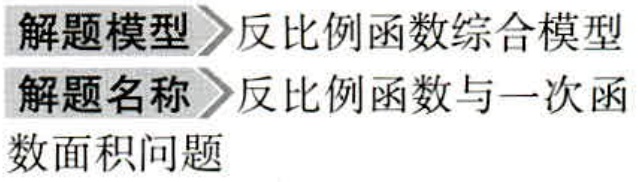
\begin{解题模型}反比例函数综合模型\end{解题模型}
\begin{解题名称}反比例函数与一次函数面积问题\end{解题名称}